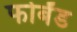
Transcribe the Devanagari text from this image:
फोर्बंड